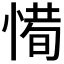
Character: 𢞧